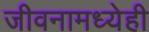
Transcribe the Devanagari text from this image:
जीवनामध्येही